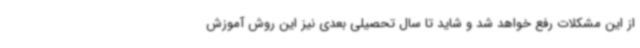
از این مشکلات رفع خواهد شد و شاید تا سال تحصیلی بعدی نیز این روش آموزش